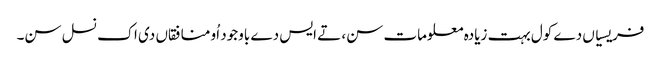
فریسیاں دے کول بہت زیادہ معلومات سن، تے ایس دے باوجود اُو منافقاں دی اک نسل سن۔